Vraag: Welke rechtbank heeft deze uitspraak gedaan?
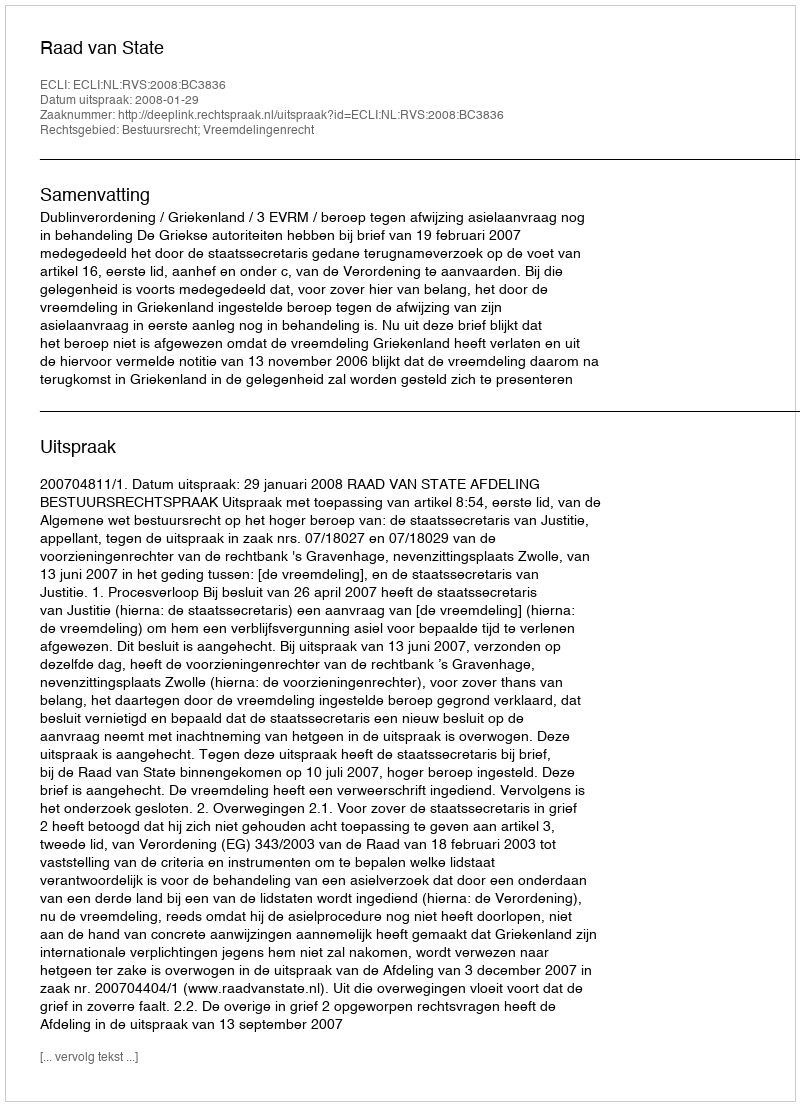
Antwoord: Raad van State